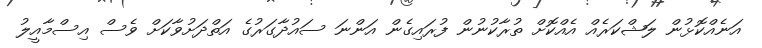
އަނެއްކޮޅުން ލަޝްކަރެއް އެއްކޮށް ތުރާކުނުން ފުރައިގެން އަންނަ ސައުދާގަރުގެ އަތްދަށުވާކަށް ވެސް އިސްމާއީލު